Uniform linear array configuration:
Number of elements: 8
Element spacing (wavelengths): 0.75
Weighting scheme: uniform
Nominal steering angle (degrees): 0
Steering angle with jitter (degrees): -1.684
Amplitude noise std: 0.05
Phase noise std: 0.05

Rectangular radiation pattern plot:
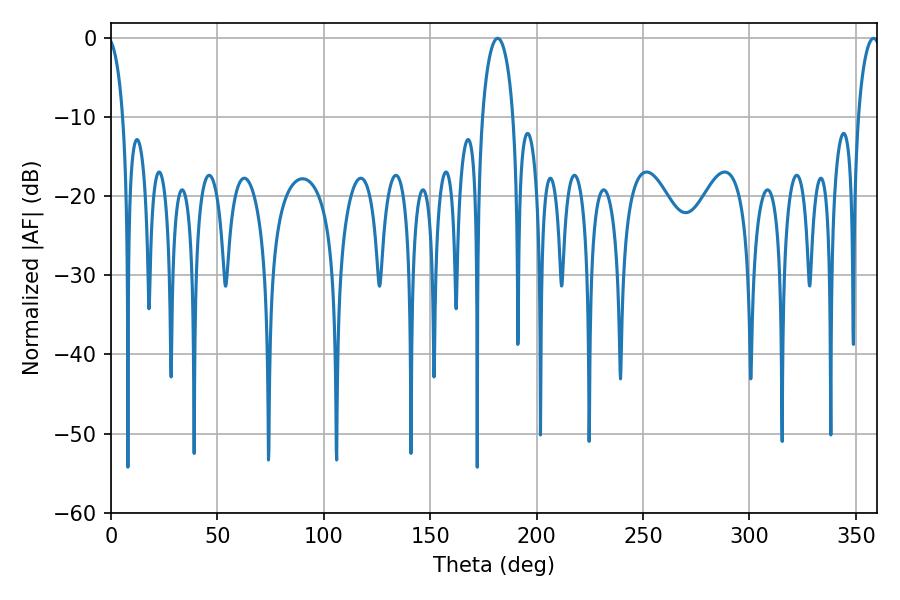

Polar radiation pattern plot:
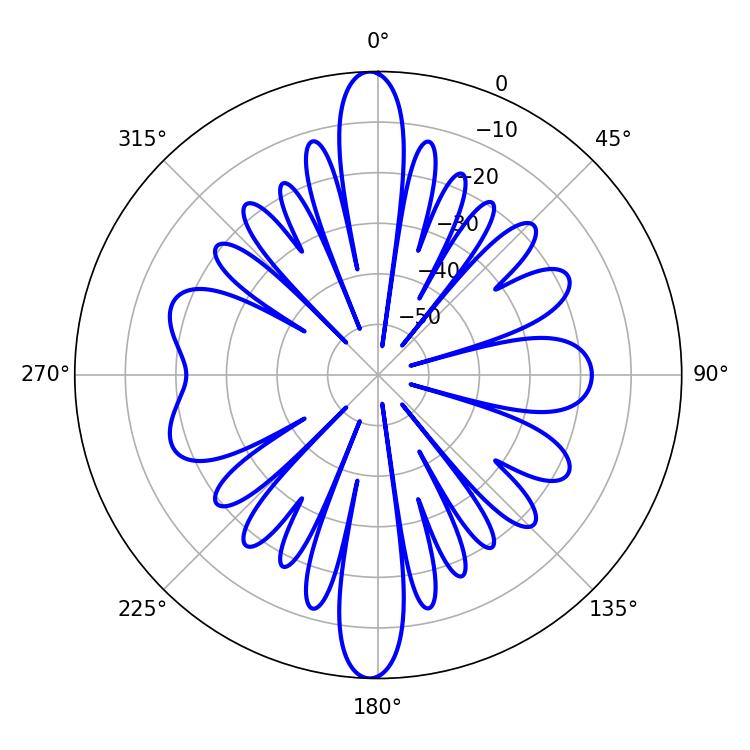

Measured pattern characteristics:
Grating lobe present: TRUE
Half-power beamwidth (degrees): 5.94
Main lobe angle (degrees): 358.38